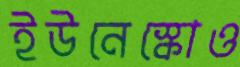
ইউনেস্কোও